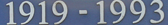
1919 - 1993